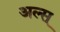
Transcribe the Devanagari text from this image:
अल्स्